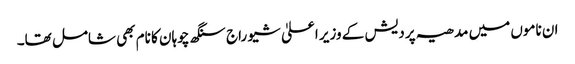
ان ناموں میں مدھیہ پردیش کے وزیر اعلیٰ شیو راج سنگھ چوہان کا نام بھی شامل تھا۔